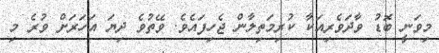
މިވަނީ ބޮޑު ވާދަވެރިއަކާ ކުރިމަތިލާން ޖެހިފައެވެ. ވޭތުވެ ދިޔަ އަހަރަށް ވުރެ މި